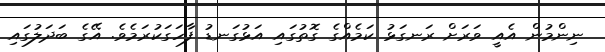
ނިންމުން އެއީ ވަރަށް ރަނގަޅު ކަމެއްގެ ގޮތުގައި އަޅުގަނޑު ފާހަގަކުރަމެވެ. އޭގެ ބަދަލުގައި